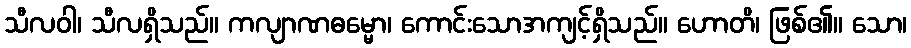
သီလဝါ၊ သီလရှိသည်။ ကလျာဏဓမ္မော၊ ကောင်းသောအကျင့်ရှိသည်။ ဟောတိ၊ ဖြစ်၏။ သော၊